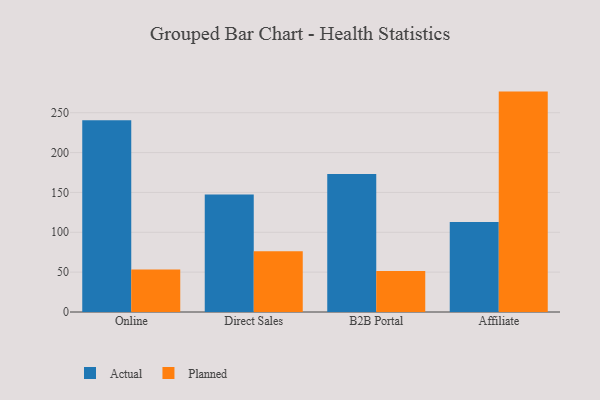
{"axis": {"x": "Channel", "y": "Budget (USD K)"}, "legend": ["Actual", "Planned"], "data": [{"x": "Online", "y": 240.6, "type": "Actual"}, {"x": "Online", "y": 53.2, "type": "Planned"}, {"x": "Direct Sales", "y": 147.5, "type": "Actual"}, {"x": "Direct Sales", "y": 76.1, "type": "Planned"}, {"x": "B2B Portal", "y": 173.0, "type": "Actual"}, {"x": "B2B Portal", "y": 51.5, "type": "Planned"}, {"x": "Affiliate", "y": 112.8, "type": "Actual"}, {"x": "Affiliate", "y": 276.5, "type": "Planned"}]}